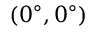
( 0 ^ { \circ } , 0 ^ { \circ } )